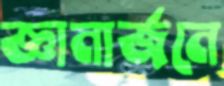
জ্ঞানার্জনে